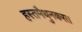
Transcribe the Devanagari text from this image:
हस्तमैथुनकरत